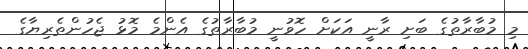
މި މުބާރާތުގެ ބަށި ރާނީ އަކަށް ހޮވުނީ މުބާރާތުގެ އެންމެ މޮޅު ޖެހުންތެރިޔާގެ